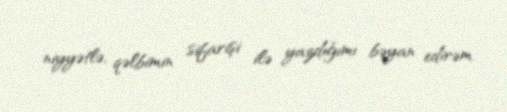
niyyətlə, qəlbimin sifarişi ilə yazdığımı bəyan edirəm.